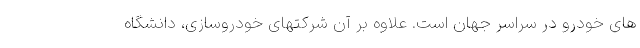
های خودرو در سراسر جهان است. علاوه بر آن شرکتهای خودروسازی، دانشگاه